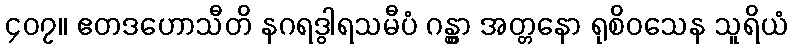
၄၀၇။ ဧတဒဟောသီတိ နဂရဒွါရသမီပံ ဂန္တွာ အတ္တနော ရုစိဝသေန သူရိယံ